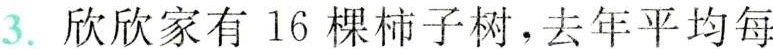
3.欣欣家有16棵柿子树，去年平均每